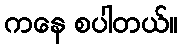
ကနေ စပါတယ်။